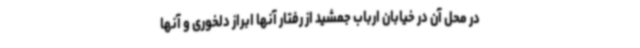
در محل آن در خیابان ارباب جمشید از رفتار آنها ابراز دلخوری و آنها